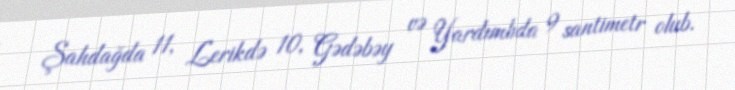
Şahdağda 11, Lerikdə 10, Gədəbəy və Yardımlıda 9 santimetr olub.